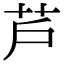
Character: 芦